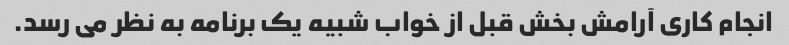
انجام کاری آرامش بخش قبل از خواب شبیه یک برنامه به نظر می رسد.